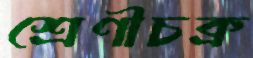
শ্রেণীচক্র